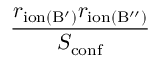
\frac { r _ { \mathrm { i o n ( B ^ { \prime } ) } } r _ { \mathrm { i o n ( B ^ { \prime \prime } ) } } } { S _ { \mathrm { c o n f } } }